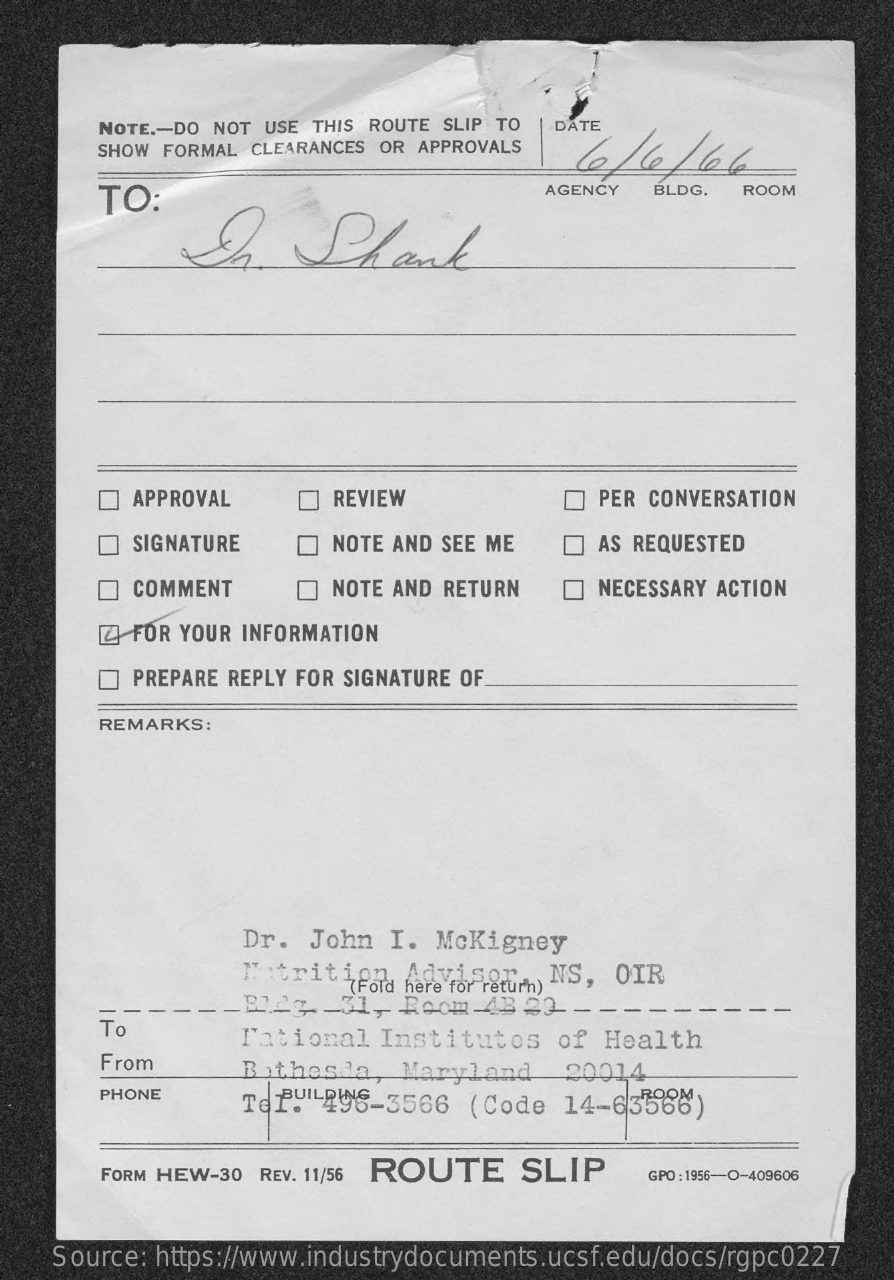
NOTE .- DO NOT USE THIS ROUTE SLIP TO DATE
     SHOW FORMAL CLEARANCES OR APPROVALS lele    lele
     TO:
     AGENCY  BLDG.  ROOM
     In.    Shark
     APPROVAL    REVIEW    PER CONVERSATION
     SIGNATURE    NOTE AND SEE ME    AS REQUESTED
     COMMENT    NOTE AND RETURN    NECESSARY ACTION
     FOR YOUR INFORMATION
     PREPARE REPLY FOR SIGNATURE OF
     REMARKS:
     Dr.  John  I. McKigney
     I'trition,  Advisor.
     (Fold here for return)
     NS,  OIR
     _B12g. - 31, Room  AB 22  - - - - -
     To
     National  Institutes    of Health
     From    Bethesda,  Maryland    20014
     PHONE    Tofu  296-3566   (Code  14-63566)
     FORM HEW-30 REV. 11/56 ROUTE   SLIP    GPO : 1956-O-409606
    Source: https://www.industrydocuments.ucsf.edu/docs/rgpc0227